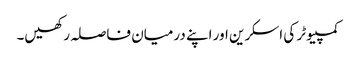
کمپیوٹر کی اسکرین اور اپنے درمیان فاصلہ رکھیں۔